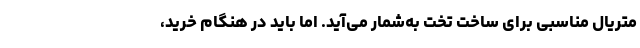
متریال مناسبی برای ساخت تخت به‌شمار می‌آید. اما باید در هنگام خرید،